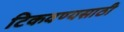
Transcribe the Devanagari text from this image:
टिकवण्यसाठी